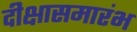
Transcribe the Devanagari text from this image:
दीक्षासमारंभ